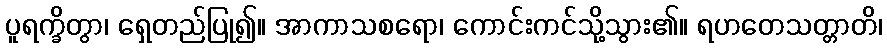
ပူရက္ခိတွာ၊ ရှေတည်ပြု၍။ အာကာသစရော၊ ကောင်းကင်သို့သွား၏။ ရဟတေသတ္တာတိ၊